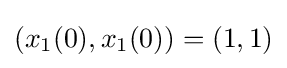
(x_{1}(0),x_{1}(0))=(1,1)